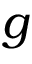
g